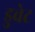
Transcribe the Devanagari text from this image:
डुवेट